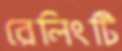
রেলিংটি